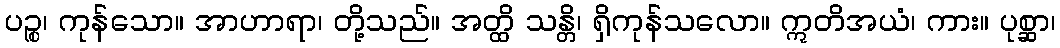
ပဉ္စ၊ ကုန်သော။ အာဟာရာ၊ တို့သည်။ အတ္ထိ သန္တိ၊ ရှိကုန်သလော။ ဣတိအယံ၊ ကား။ ပုစ္ဆာ၊